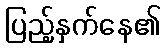
ပြည့်နှက်နေ၏